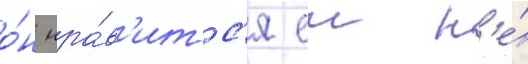
о́н нра́в'итс'я еи н'е́